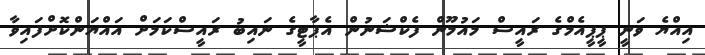
އިއްޔެ ވަނީ ޕީޕީއެމްގެ ރައީސް މައުމޫން ފެކްޝަނުން އެޕާޓީގެ ނައިބު ރައީސްކަމަށް އައްޔަންކޮށްފައިވާ